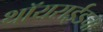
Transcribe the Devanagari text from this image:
थॉयराईडचा